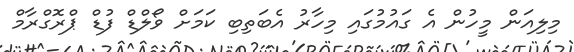
މިލިއަން މީހުން އެ ގައުމުގައި މިހާރު އެބަތިބި ކަމަށް ވޯލްޑް ފުޑް ޕްރޮގްރާމް